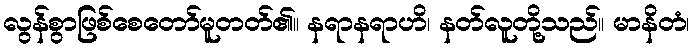
လွန်စွာဖြစ်စေတော်မူတတ်၏။ နရာနရာဟိ၊ နတ်လူတို့သည်။ မာနိတံ၊